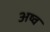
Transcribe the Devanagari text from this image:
अष्व